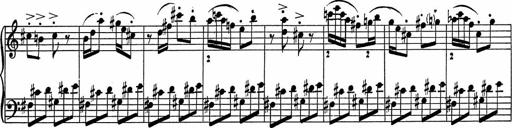
Title: 3Ã¨me Sonatine
Composer: Raffaele d' Alessandro